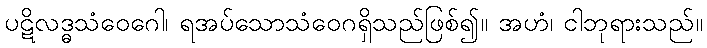
ပဋိလဒ္ဓသံဝေဂေါ၊ ရအပ်သောသံဝေဂရှိသည်ဖြစ်၍။ အဟံ၊ ငါဘုရားသည်။